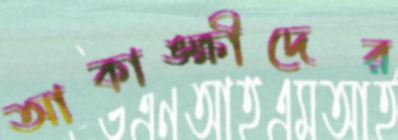
আকাঙ্ক্ষীদের